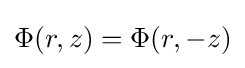
\Phi (r,z)=\Phi (r,-z)